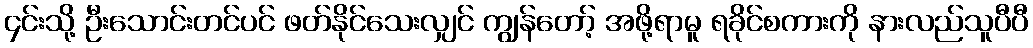
၄င်းသို့ ဦးသောင်းတင်ပင် ဖတ်နိုင်သေးလျှင် ကျွန်တော့် အဖို့ရာမူ ရခိုင်စကားကို နားလည်သူပီပီ